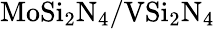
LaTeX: \mathrm{MoSi_{2}N_{4}/VSi_{2}N_{4}}